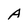
Character: A